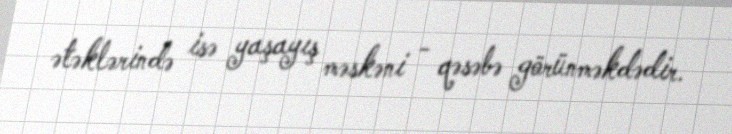
ətəklərində isə yaşayış məskəni - qəsəbə görünməkdədir.